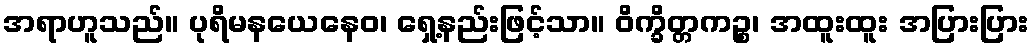
အရာဟူသည်။ ပုရိမနယေနေဝ၊ ရှေ့နည်းဖြင့်သာ။ ဝိက္ခိတ္တကဉ္စ၊ အထူးထူး အပြားပြား